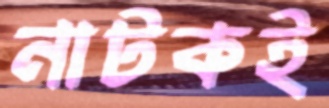
নাটকই